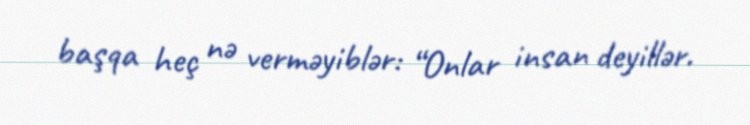
başqa heç nə verməyiblər: “Onlar insan deyillər.